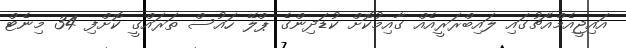
އައިޖީއެމްއެޗުގައި ލައިބްރަރީއެއް ގާއިމުކޮށް ކުޑަދިންގެ ޕްލޭ ހައުސް ތަރައްގީ ކޮށްފި 34 މިނެޓް